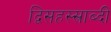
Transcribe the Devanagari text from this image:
द्विसहस्स्राब्दी